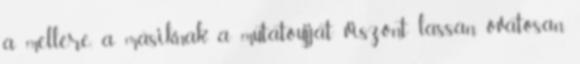
a mellére, a másiknak a mutatóujját viszont lassan, óvatosan